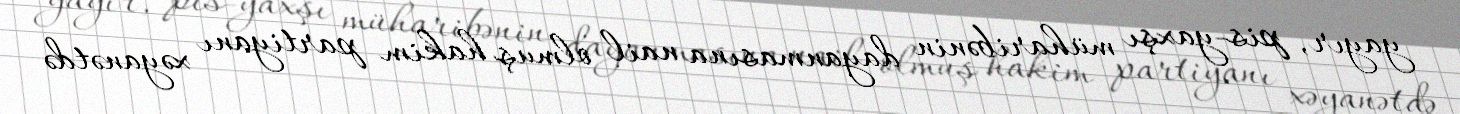
yayır, pis-yaxşı müharibənin dayanmasına nail olmuş hakim partiyanı xəyanətdə